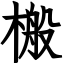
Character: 㮽